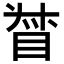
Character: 𥆳